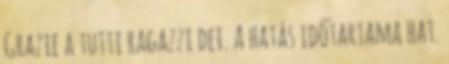
Grazie a tutti ragazzi dei. A hatás időtartama hat.